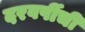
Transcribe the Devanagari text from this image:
दरवर्षीची